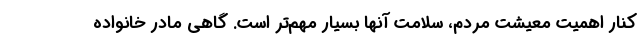
کنار اهمیت معیشت مردم، سلامت آنها بسیار مهم‌تر است. گاهی مادر خانواده